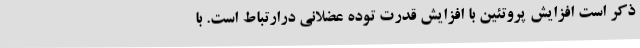
ذکر است افزایش پروتئین با افزایش قدرت توده عضلانی درارتباط است. با